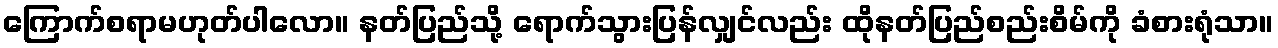
ကြောက်စရာမဟုတ်ပါလော။ နတ်ပြည်သို့ ရောက်သွားပြန်လျှင်လည်း ထိုနတ်ပြည်စည်းစိမ်ကို ခံစားရုံသာ။